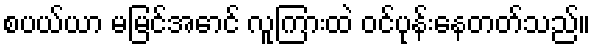
စပယ်ယာ မမြင်အောင် လူကြားထဲ ဝင်ပုန်းနေတတ်သည်။